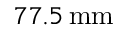
7 7 . 5 \, \mathrm { m m }